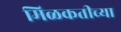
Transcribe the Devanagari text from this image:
मिळकतीच्या